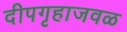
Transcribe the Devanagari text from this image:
दीपगृहाजवळ